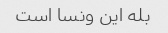
بله این ونسا است